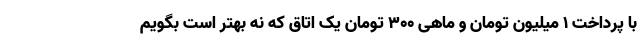
با پرداخت ۱ میلیون تومان و ماهی ۳۰۰ تومان یک اتاق که نه بهتر است بگویم